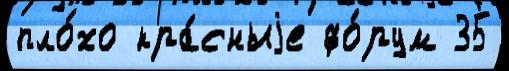
пло́хо кра́сныjе фо́рум 35